Lunatic asylums Madras 1877-1891 - 1877-1891
Year: 1877
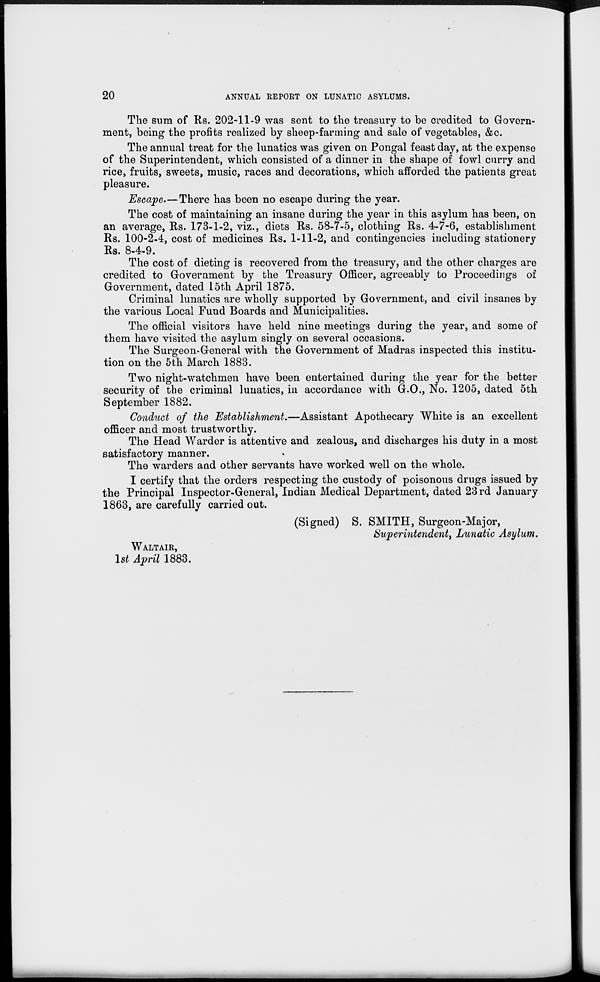
20
ANNUAL REPORT ON LUNATIC ASYLUMS.
The sum of Rs. 202-11-9 was sent to the treasury to be credited to Govern-
ment, being the profits realized by sheep-farming and sale of vegetables, &c.
The annual treat for the lunatics was given on Pongal feast day, at the expense
of the Superintendent, which consisted of a dinner in the shape of fowl curry and
rice, fruits, sweets, music, races and decorations, which afforded the patients great
pleasure.
Escape.—There has been no escape during the year.
The cost of maintaining an insane during the year in this asylum has been, on
an average, Rs. 173-1-2, viz., diets Rs. 58-7-5, clothing Rs. 4-7-6, establishment
Rs. 100-2-4, cost of medicines Rs. 1-11-2, and contingencies including stationery
Rs. 8-4-9.
The cost of dieting is recovered from the treasury, and the other charges are
credited to Government by the Treasury Officer, agreeably to Proceedings of
Government, dated 15th April 1875.
Criminal lunatics are wholly supported by Government, and civil insanes by
the various Local Fund Boards and Municipalities.
The official visitors have held nine meetings during the year, and some of
them have visited the asylum singly on several occasions.
The Surgeon-General with the Government of Madras inspected this institu-
tion on the 5th March 1883.
Two night-watchmen have been entertained during the year for the better
security of the criminal lunatics, in accordance with G.O., No. 1205, dated 5th
September 1882.
Conduct of the Establishment.—Assistant Apothecary White is an excellent
officer and most trustworthy.
The Head Warder is attentive and zealous, and discharges his duty in a most
satisfactory manner.
The warders and other servants have worked well on the whole.
I certify that the orders respecting the custody of poisonous drugs issued by
the Principal Inspector-General, Indian Medical Department, dated 23rd January
1863, are carefully carried out.
WALTAIR,
1st April 1883.
(Signed) S. SMITH, Surgeon-Major,
Superintendent, Lunatic Asylum.